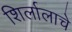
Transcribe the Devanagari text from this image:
शिर्लालाचे